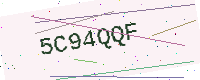
Text: 5C94QQF